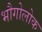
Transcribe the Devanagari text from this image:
भौगोलोक